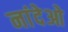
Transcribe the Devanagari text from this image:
नांदेओ